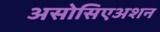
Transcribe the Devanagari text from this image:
असोसिएअशन